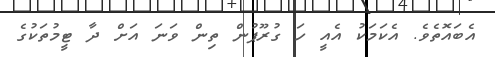
އެބައޮތެވެ. އެކަމަކު އެއީ ހަ ގުރޫޕުން ތިން ވަނަ އަށް ދާ ޓީމުތަކުގެ